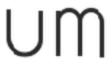
um